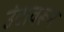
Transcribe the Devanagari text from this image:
उंटावरून